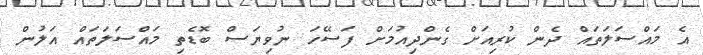
އެ މައްސަލަތައް ދެން ކުރިއަށް ގެންދިއުމަށް ފަސޭހަ ނުވިޔަސް ބޮޑެތި މައްސަލަތައް އަލުން